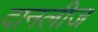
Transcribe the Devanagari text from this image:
दानलीज